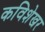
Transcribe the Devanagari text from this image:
कविशेखर